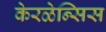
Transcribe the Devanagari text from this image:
केरळेन्सिस